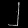
Digit: ၂